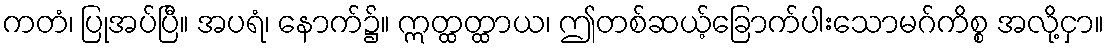
ကတံ၊ ပြုအပ်ပြီ။ အပရံ၊ နောက်၌။ ဣတ္ထတ္ထာယ၊ ဤတစ်ဆယ့်ခြောက်ပါးသောမဂ်ကိစ္စ အလို့ငှာ။